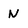
Character: N